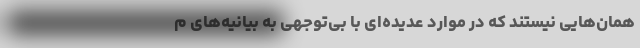
همان‌هایی نیستند که در موارد عدیده‌ای با بی‌توجهی به بیانیه‌های م